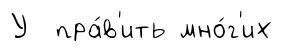
У пра́в'ить мно́г'их